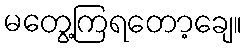
မတွေ့ကြရတော့ချေ။